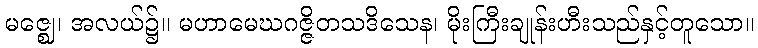
မဇ္ဈေ၊ အလယ်၌။ မဟာမေဃဂဇ္ဇိတသဒိသေန၊ မိုးကြီးချုန်းဟီးသည်နှင့်တူသော။